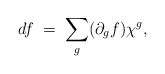
\begin{align*}df \; = \; \sum_g (\partial_g f) \chi^g,\end{align*}